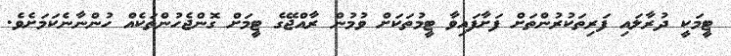
ޓީމަކީ ދުރާލައި ފަރިތަކުރުންތަށް ފަށާފައިވާ ޓީމުތަކަށް ވުމުން ރާއްޖޭގެ ޓީމަށް ގޮންޖެހުންތަކެއް ހުންނާނެކަމަށެވެ.